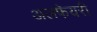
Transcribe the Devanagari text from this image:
अलफेयरी